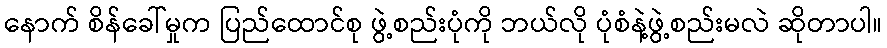
နောက် စိန်ခေါ်မှုက ပြည်ထောင်စု ဖွဲ့စည်းပုံကို ဘယ်လို ပုံစံနဲ့ဖွဲ့စည်းမလဲ ဆိုတာပါ။